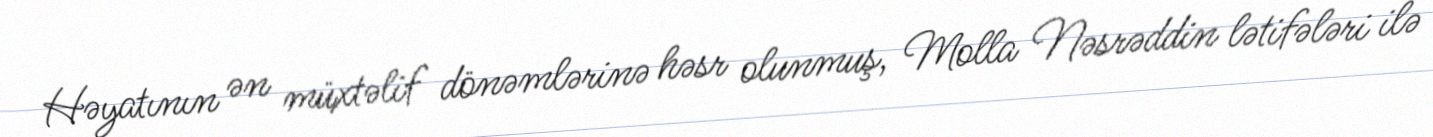
Həyatının ən müxtəlif dönəmlərinə həsr olunmuş, Molla Nəsrəddin lətifələri ilə